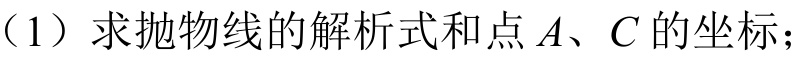
（1）求抛物线的解析式和点$A、C$的坐标；